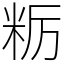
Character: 粝